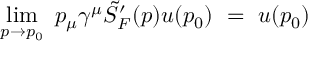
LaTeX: \operatorname * { l i m } _ { p \rightarrow p _ { 0 } } \ p _ { \mu } \gamma ^ { \mu } \tilde { S } _ { F } ^ { \prime } ( p ) u ( p _ { 0 } ) \ = \ u ( p _ { 0 } )